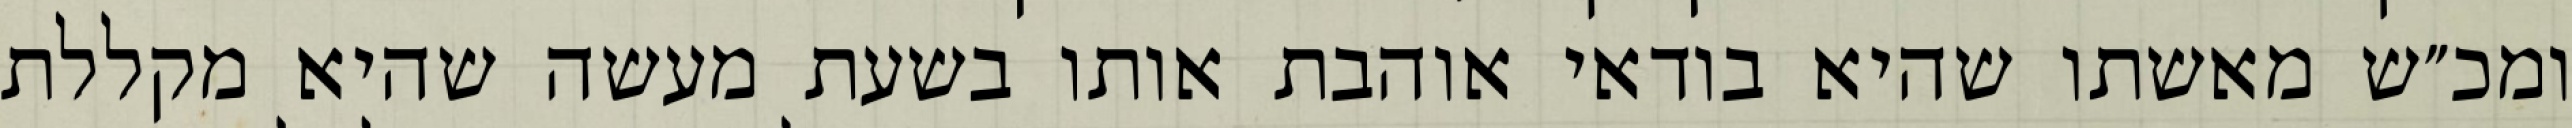
ומכ״ש מאשתו שהיא בודאי אוהבת אותו בשעת מעשה שהיא מקללת